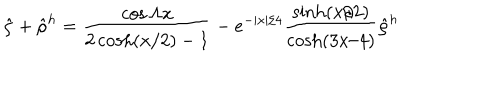
\hat { \rho } + \hat { \rho } ^ { h } = { \frac { \cos \Lambda x } { 2 \cosh ( x / 2 ) - 1 } } - e ^ { - | x | / 4 } { \frac { \sinh ( x / 2 ) } { \cosh ( 3 x / 4 ) } } \hat { \rho } ^ { h }